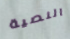
النصية